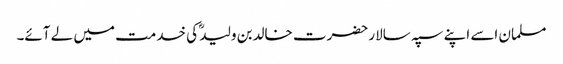
مسلمان اسے اپنے سپہ سالار حضرت خالدبن ولیدؓ کی خدمت میں لے آئے۔